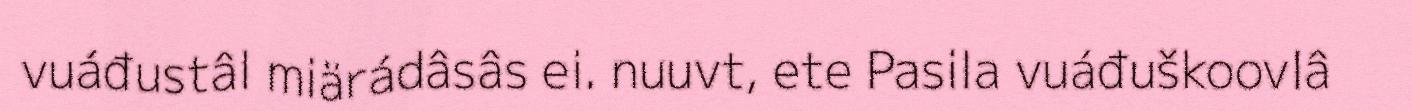
vuáđustâl miärádâsâs ei. nuuvt, ete Pasila vuáđuškoovlâ